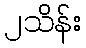
၂သိန်း